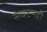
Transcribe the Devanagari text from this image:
संघटनही